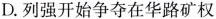
D.列强开始争夺在华路矿权